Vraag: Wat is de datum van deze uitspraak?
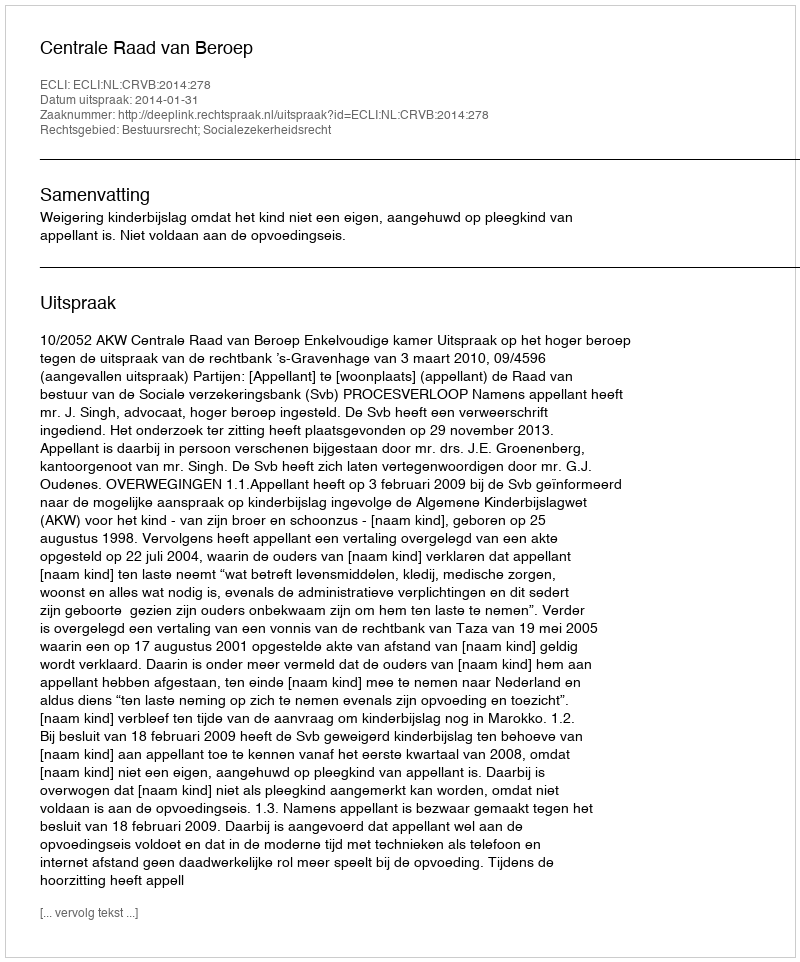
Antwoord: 2014-01-31